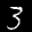
Label: 3